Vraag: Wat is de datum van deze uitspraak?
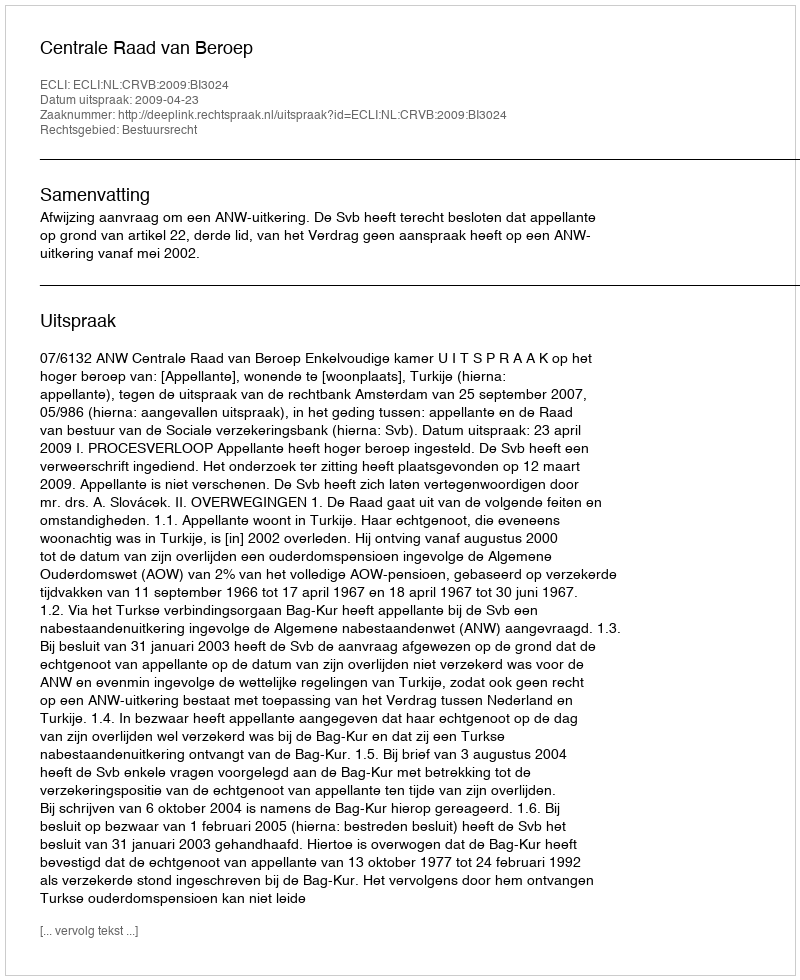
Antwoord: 2009-04-23